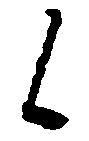
候